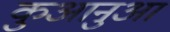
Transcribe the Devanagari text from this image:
कुआनुआ